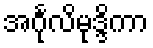
အင်္ဂုလိမုဒ္ဒိကာ